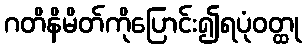
ဂတိနိမိတ်ကိုပြောင်း၍ရပုံဝတ္ထု